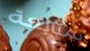
بمتابعة